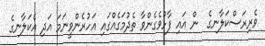
ވެރިރަސްކަލާނގެ  ން އައި ފާޅުވެގެންވާ ތެދުމަގެއްގައި އަހުރެންވީނަމަ އަދި އެކަލާނގެ